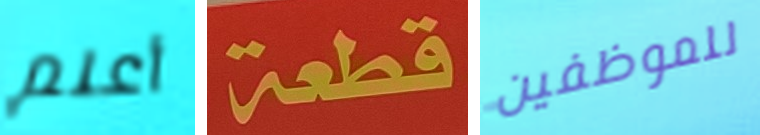
أعلم قطعة للموظفين